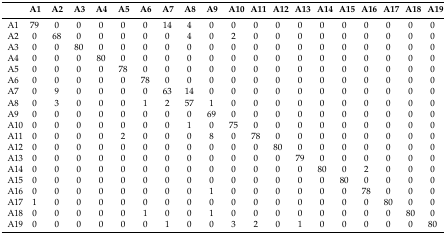
<table><thead><tr><td></td><td><b>A1</b></td><td><b>A2</b></td><td><b>A3</b></td><td><b>A4</b></td><td><b>A5</b></td><td><b>A6</b></td><td><b>A7</b></td><td><b>A8</b></td><td><b>A9</b></td><td><b>A10</b></td><td><b>A11</b></td><td><b>A12</b></td><td><b>A13</b></td><td><b>A14</b></td><td><b>A15</b></td><td><b>A16</b></td><td><b>A17</b></td><td><b>A18</b></td><td><b>A19</b></td></tr></thead><tbody><tr><td>A1</td><td>79</td><td>0</td><td>0</td><td>0</td><td>0</td><td>0</td><td>14</td><td>4</td><td>0</td><td>0</td><td>0</td><td>0</td><td>0</td><td>0</td><td>0</td><td>0</td><td>0</td><td>0</td><td>0</td></tr><tr><td>A2</td><td>0</td><td>68</td><td>0</td><td>0</td><td>0</td><td>0</td><td>0</td><td>4</td><td>0</td><td>2</td><td>0</td><td>0</td><td>0</td><td>0</td><td>0</td><td>0</td><td>0</td><td>0</td><td>0</td></tr><tr><td>A3</td><td>0</td><td>0</td><td>80</td><td>0</td><td>0</td><td>0</td><td>0</td><td>0</td><td>0</td><td>0</td><td>0</td><td>0</td><td>0</td><td>0</td><td>0</td><td>0</td><td>0</td><td>0</td><td>0</td></tr><tr><td>A4</td><td>0</td><td>0</td><td>0</td><td>80</td><td>0</td><td>0</td><td>0</td><td>0</td><td>0</td><td>0</td><td>0</td><td>0</td><td>0</td><td>0</td><td>0</td><td>0</td><td>0</td><td>0</td><td>0</td></tr><tr><td>A5</td><td>0</td><td>0</td><td>0</td><td>0</td><td>78</td><td>0</td><td>0</td><td>0</td><td>0</td><td>0</td><td>0</td><td>0</td><td>0</td><td>0</td><td>0</td><td>0</td><td>0</td><td>0</td><td>0</td></tr><tr><td>A6</td><td>0</td><td>0</td><td>0</td><td>0</td><td>0</td><td>78</td><td>0</td><td>0</td><td>0</td><td>0</td><td>0</td><td>0</td><td>0</td><td>0</td><td>0</td><td>0</td><td>0</td><td>0</td><td>0</td></tr><tr><td>A7</td><td>0</td><td>9</td><td>0</td><td>0</td><td>0</td><td>0</td><td>63</td><td>14</td><td>0</td><td>0</td><td>0</td><td>0</td><td>0</td><td>0</td><td>0</td><td>0</td><td>0</td><td>0</td><td>0</td></tr><tr><td>A8</td><td>0</td><td>3</td><td>0</td><td>0</td><td>0</td><td>1</td><td>2</td><td>57</td><td>1</td><td>0</td><td>0</td><td>0</td><td>0</td><td>0</td><td>0</td><td>0</td><td>0</td><td>0</td><td>0</td></tr><tr><td>A9</td><td>0</td><td>0</td><td>0</td><td>0</td><td>0</td><td>0</td><td>0</td><td>0</td><td>69</td><td>0</td><td>0</td><td>0</td><td>0</td><td>0</td><td>0</td><td>0</td><td>0</td><td>0</td><td>0</td></tr><tr><td>A10</td><td>0</td><td>0</td><td>0</td><td>0</td><td>0</td><td>0</td><td>0</td><td>1</td><td>0</td><td>75</td><td>0</td><td>0</td><td>0</td><td>0</td><td>0</td><td>0</td><td>0</td><td>0</td><td>0</td></tr><tr><td>A11</td><td>0</td><td>0</td><td>0</td><td>0</td><td>2</td><td>0</td><td>0</td><td>0</td><td>8</td><td>0</td><td>78</td><td>0</td><td>0</td><td>0</td><td>0</td><td>0</td><td>0</td><td>0</td><td>0</td></tr><tr><td>A12</td><td>0</td><td>0</td><td>0</td><td>0</td><td>0</td><td>0</td><td>0</td><td>0</td><td>0</td><td>0</td><td>0</td><td>80</td><td>0</td><td>0</td><td>0</td><td>0</td><td>0</td><td>0</td><td>0</td></tr><tr><td>A13</td><td>0</td><td>0</td><td>0</td><td>0</td><td>0</td><td>0</td><td>0</td><td>0</td><td>0</td><td>0</td><td>0</td><td>0</td><td>79</td><td>0</td><td>0</td><td>0</td><td>0</td><td>0</td><td>0</td></tr><tr><td>A14</td><td>0</td><td>0</td><td>0</td><td>0</td><td>0</td><td>0</td><td>0</td><td>0</td><td>0</td><td>0</td><td>0</td><td>0</td><td>0</td><td>80</td><td>0</td><td>2</td><td>0</td><td>0</td><td>0</td></tr><tr><td>A15</td><td>0</td><td>0</td><td>0</td><td>0</td><td>0</td><td>0</td><td>0</td><td>0</td><td>0</td><td>0</td><td>0</td><td>0</td><td>0</td><td>0</td><td>80</td><td>0</td><td>0</td><td>0</td><td>0</td></tr><tr><td>A16</td><td>0</td><td>0</td><td>0</td><td>0</td><td>0</td><td>0</td><td>0</td><td>0</td><td>1</td><td>0</td><td>0</td><td>0</td><td>0</td><td>0</td><td>0</td><td>78</td><td>0</td><td>0</td><td>0</td></tr><tr><td>A17</td><td>1</td><td>0</td><td>0</td><td>0</td><td>0</td><td>0</td><td>0</td><td>0</td><td>0</td><td>0</td><td>0</td><td>0</td><td>0</td><td>0</td><td>0</td><td>0</td><td>80</td><td>0</td><td>0</td></tr><tr><td>A18</td><td>0</td><td>0</td><td>0</td><td>0</td><td>0</td><td>1</td><td>0</td><td>0</td><td>1</td><td>0</td><td>0</td><td>0</td><td>0</td><td>0</td><td>0</td><td>0</td><td>0</td><td>80</td><td>0</td></tr><tr><td>A19</td><td>0</td><td>0</td><td>0</td><td>0</td><td>0</td><td>0</td><td>1</td><td>0</td><td>0</td><td>3</td><td>2</td><td>0</td><td>1</td><td>0</td><td>0</td><td>0</td><td>0</td><td>0</td><td>80</td></tr></tbody></table>